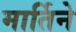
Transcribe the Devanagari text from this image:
मार्तिने